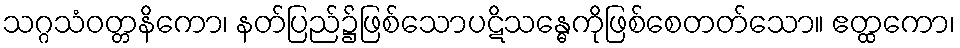
သဂ္ဂသံဝတ္တနိကော၊ နတ်ပြည်၌ဖြစ်သောပဋိသန္ဓေကိုဖြစ်စေတတ်သော။ ဧတ္ထကော၊